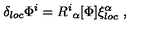
\delta _ { l o c } \Phi ^ { i } = R ^ { i } { } _ { \alpha } [ \Phi ] \xi _ { l o c } ^ { \alpha } \ ,